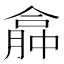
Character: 𠎏